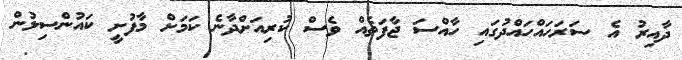
ދާއިރު އެ ސަރަހައްހައްދުގައި ހާއްސަ ޖާފަތެއް ވެސް ކުރިއަށްދާނެ ކަމަށް މާފުށީ ކައުންސިލުން